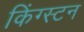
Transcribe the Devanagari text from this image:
किंग्‍स्‍टन